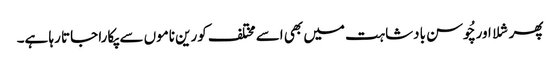
پھر شلا اور چُوسن بادشاہت میں بھی اسے مختلف کورین ناموں سے پکارا جاتا رہا ہے۔